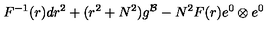
F ^ { - 1 } ( r ) d r ^ { 2 } + ( r ^ { 2 } + N ^ { 2 } ) g ^ { \cal B } - N ^ { 2 } F ( r ) e ^ { 0 } \otimes e ^ { 0 }